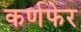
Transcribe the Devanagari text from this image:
कर्णफेर